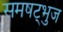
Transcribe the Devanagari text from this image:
समषट्भुज